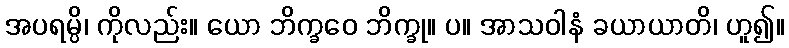
အပရမ္ပိ၊ ကိုလည်း။ ယော ဘိက္ခဝေ ဘိက္ခု။ ပ။ အာသဝါနံ ခယာယာတိ၊ ဟူ၍။